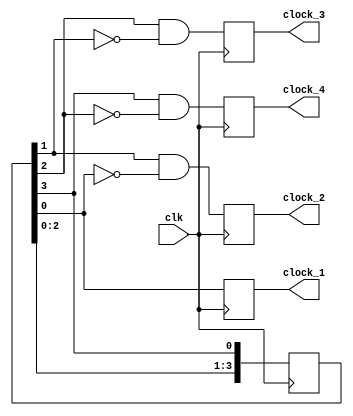
module JohnsonCounterClockDivider (
    input wire clk,
    output reg clock_1,
    output reg clock_2,
    output reg clock_3,
    output reg clock_4
);

reg [3:0] johnson_counter = 4'b0001;

always @(posedge clk) begin
    johnson_counter <= {johnson_counter[2:0], johnson_counter[3]};
    
    clock_1 <= johnson_counter[0];
    clock_2 <= johnson_counter[1] & ~johnson_counter[0];
    clock_3 <= johnson_counter[2] & ~johnson_counter[1];
    clock_4 <= johnson_counter[3] & ~johnson_counter[2];
end

endmodule